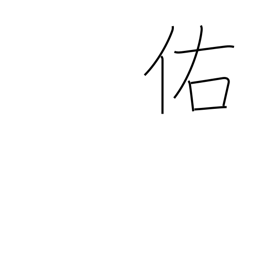
Meaning: assist